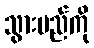
သွားမည်ကို